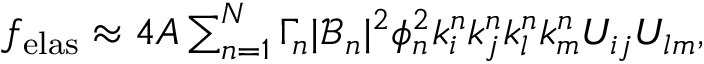
\begin{array} { r } { f _ { \mathrm { e l a s } } \approx 4 A \sum _ { n = 1 } ^ { N } \Gamma _ { n } | \mathcal { B } _ { n } | ^ { 2 } \phi _ { n } ^ { 2 } k _ { i } ^ { n } k _ { j } ^ { n } k _ { l } ^ { n } k _ { m } ^ { n } U _ { i j } U _ { l m } , } \end{array}